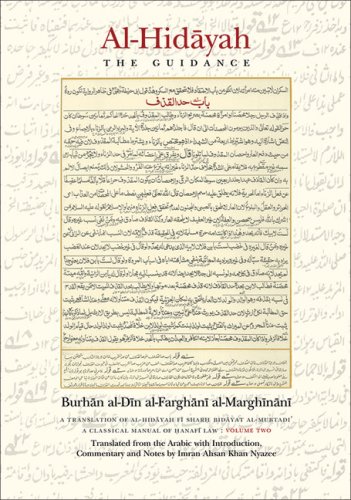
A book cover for Al-Hidayah: The Guidance: Volume II; Burhan al-Din al-Farghani al-Marghinani; Religion & Spirituality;